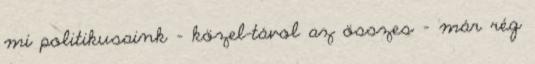
mi politikusaink – közel-távol az összes – már rég